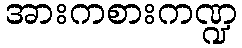
အားကစားကဏ္ဍ